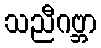
သညီဂဗ္ဘာ